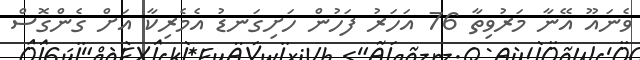
ވެނައޫ އޭނާ މަރުވިތާ 76 އަހަރު ފަހުން ހަށިގަނޑު އެމެރިކާ އަށް ގެންގޮސް